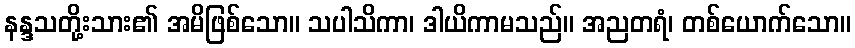
နန္ဒသတို့းသား၏ အမိဖြစ်သော။ သပါသိကာ၊ ဒါယိကာမသည်။ အညတရံ၊ တစ်ယောက်သော။